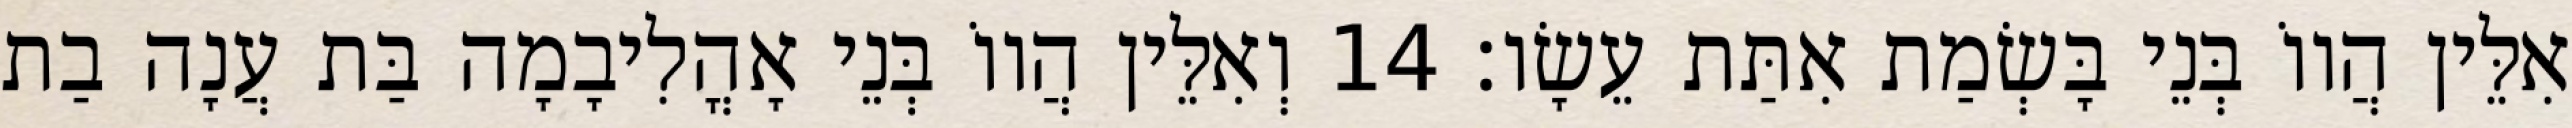
אִלֵּין הֲווֹ בְּנֵי בָּשְׂמַת אִתַּת עֵשָׂו׃ 14 וְאִלֵּין הֲווֹ בְּנֵי אָהֳלִיבָמָה בַּת עֲנָה בַת